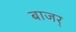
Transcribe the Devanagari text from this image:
बाजर्